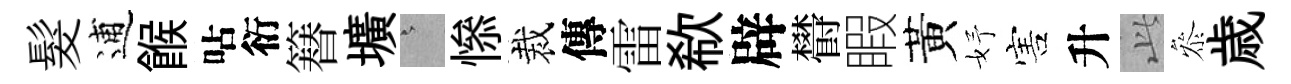
髮逋餱呫衍簮壙澹𢡖裁傳雷欷辟欎睱黃妤害升𬼘叅歳